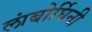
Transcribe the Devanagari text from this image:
लांबोर्घिनी